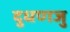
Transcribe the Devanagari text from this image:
दुधणजु